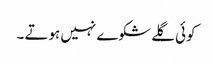
کوئی گلے شکوے نہیں ہوتے ۔